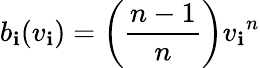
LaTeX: b_{\mathbf{i}}(v_{\mathbf{i}})=\left({\frac{{n-1}}{{n}}}\right){v_{\mathbf{i}}}^{n}